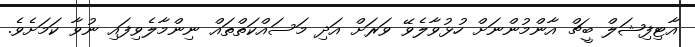
އާޓިފިޝަލް ބީޗް އާންމުންނަށް ހުޅުވާލެވޭ ވަރަށް އަދި މަސައްކަތްތައް ނިންމާލެވިފައި ނުވާ ކަމަށެވެ.